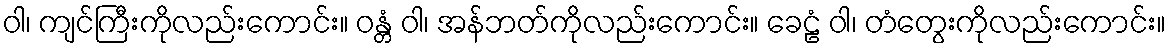
ဝါ၊ ကျင်ကြီးကိုလည်းကောင်း။ ဝန္တံ ဝါ၊ အန်ဘတ်ကိုလည်းကောင်း။ ခေဠံ ဝါ၊ တံတွေးကိုလည်းကောင်း။